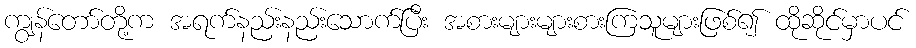
ကျွန်တော်တို့က အရက်နည်းနည်းသောက်ပြီး အစားများများစားကြသူများဖြစ်၍ ထိုဆိုင်မှာပင်